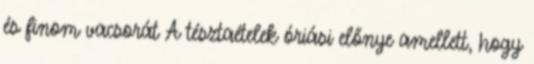
és finom vacsorát A tésztaételek óriási előnye amellett, hogy